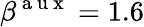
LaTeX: \beta^{\mathrm{~a~u~x~}}=1.6